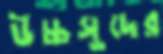
উচ্চসুদের